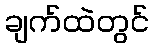
ချက်ထဲတွင်